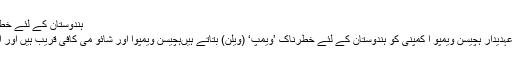
ہندوستان کے لئے خطرناک ’ویمپ‘ کی طرح ہے ’ویمپو ا‘
ریسرچ اینڈ انالیسیس ونگ ( را) کے عہدیدار ہچیسن ویمپو ا کمپنی کو ہندوستان کے لئے خطرناک ’ویمپ‘ (ویلن) بتاتے ہیںہچیسن ویمپوا اور شائو می کافی قریب ہیں اور ایشیا میں مشترکہ کاروبار کرتے ہیں۔